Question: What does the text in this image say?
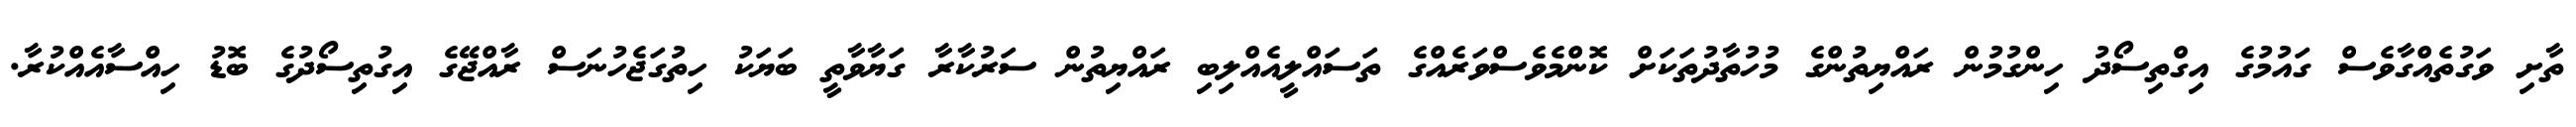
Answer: ތާށި ވަގުތެއްގާވެސް ގައުމުގެ އިގްތިސޯދު ހިންގުމުން ރައްޔިތުންގެ މުހުތާދުތަކަށް ކޮންމެވެސްވަރެއްގެ ތަސައްލީއެއްލިބި ރައްޔިތުން ސަރުކާރާ ގަޔާވާތީ ބަޔަކު ހިތުގަޖެހުނަސް ރާއްޖޭގެ އިގުތިސޯދުގެ ބޮޑު ހިއްސާއެއްކުރާ.